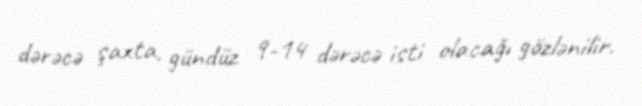
dərəcə şaxta, gündüz 9-14 dərəcə isti olacağı gözlənilir.